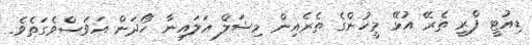
ޑިއުޓީ ފްރީ ތެރޭ އުޅޭ މީހުންގެ ތެރެއިން މިޝަލް އަލައިނާ ހޯދަން އަވަސްވެގަތެވެ.